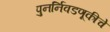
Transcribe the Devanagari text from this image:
पुनर्निवडणूकीचे